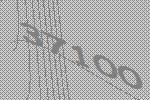
37100